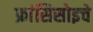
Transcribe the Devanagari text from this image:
फ्रांसिसोइचे